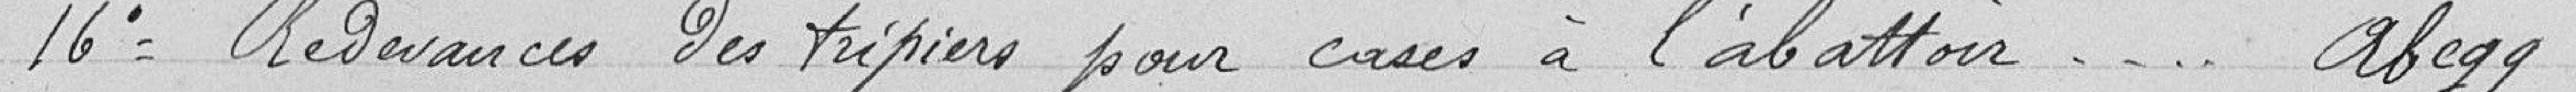
16°Redevance des tripiers pour cases à l'abattoir Abegg